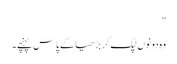
”
وہ دونوں لپک کر بڑھیا کے پاس پہنچے۔